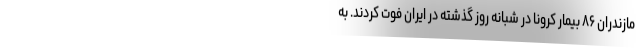
مازندران ۸۶ بیمار کرونا در شبانه روز گذشته در ایران فوت کردند. به